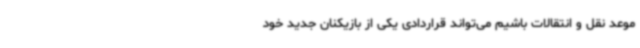
موعد نقل و انتقالات باشیم می‌تواند قراردادی یکی از بازیکنان جدید خود